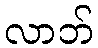
လာဘ်